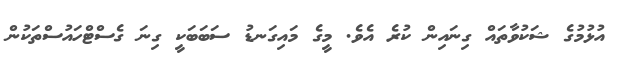
އުޅުމުގެ ޝަކުވާތައް ގިނައިން ކުރެ އެވެ. މީގެ މައިގަނޑު ސަބަބަކީ ގިނަ ގެސްޓްހައުސްތަކުން